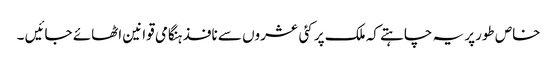
خاص طورپر یہ چاہتے کہ ملک پر کئی عشروں سے نافذ ہنگامی قوانین اٹھائے جائیں ۔